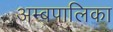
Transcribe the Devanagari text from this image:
अम्बपालिका